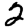
Digit: 2